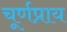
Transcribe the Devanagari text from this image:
चूर्णप्राय